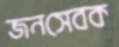
জনসেবক